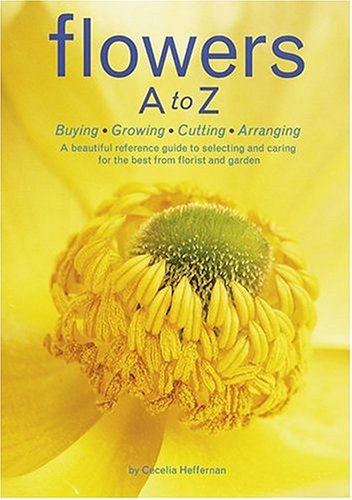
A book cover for Flowers A to Z: Buying, Growing, Cutting, Arranging - A Beautiful Reference Guide to Selecting and Caring for the Best from Florist and Garden; Cecelia Heffernan; Crafts, Hobbies & Home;